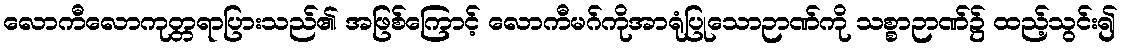
လောကီလောကုတ္တရာပြားသည်၏ အဖြစ်ကြောင့် လောကီမဂ်ကိုအာရုံပြုသောဉာဏ်ကို သစ္စာဉာဏ်၌ ထည့်သွင်း၍